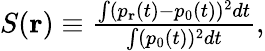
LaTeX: \begin{array}{r}{S(\mathbf{r})\equiv\frac{\int(p_{\mathbf{r}}(t)-p_{0}(t))^{2}dt}{\int(p_{0}(t))^{2}dt},}\end{array}